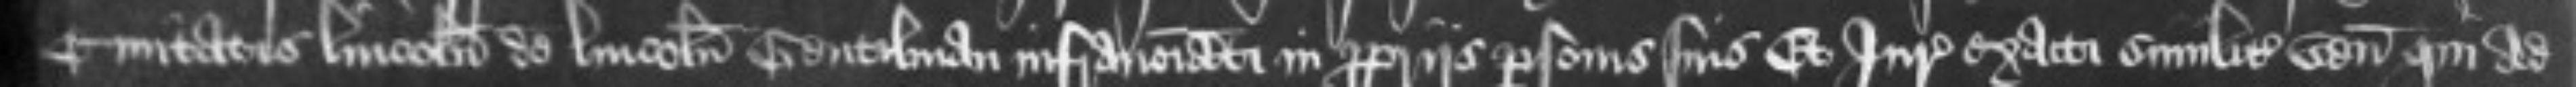
Civitatis Lincolnie de Lincolnia Gentilman infranominati in propriis personis suis Et Juratores exacti similiter venerunt qui ad